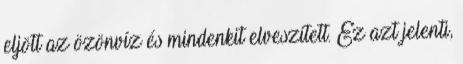
eljött az özönvíz és mindenkit elveszített. Ez azt jelenti,